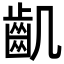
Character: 𪗗